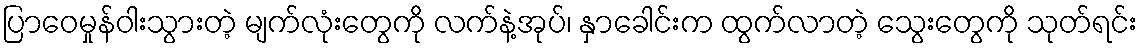
ပြာဝေမှုန်ဝါးသွားတဲ့ မျက်လုံးတွေကို လက်နဲ့အုပ်၊ နှာခေါင်းက ထွက်လာတဲ့ သွေးတွေကို သုတ်ရင်း